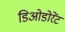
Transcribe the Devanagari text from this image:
डिओडोरेंट